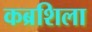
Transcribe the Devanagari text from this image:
कब्रशिला